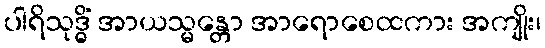
ပါရိသုဒ္ဓိံ အာယသ္မန္တော အာရောစေထကား အကျိုး၊